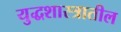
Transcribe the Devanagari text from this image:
युद्धशास्त्रातील